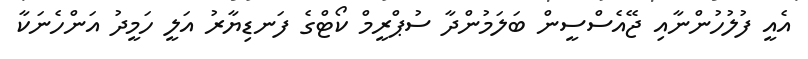
އެއީ ފުލުހުންނާއި ޖޭއެސްސީން ބަލަމުންދާ ސުޕްރީމް ކޯޓްގެ ފަނޑިޔާރު އަލީ ހަމީދު އަންހެނަކާ